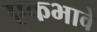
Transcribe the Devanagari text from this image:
एकभावे